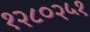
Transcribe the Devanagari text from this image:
१२८०२५१